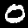
Label: 0